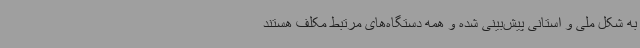
به شکل ملی و استانی پیش‌بینی شده و همه دستگاه‌های مرتبط مکلف هستند